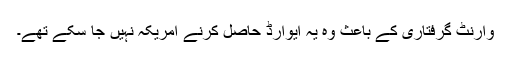
وارنٹ گرفتاری کے باعث وہ یہ ایوارڈ حاصل کرنے امریکہ نہیں جا سکے تھے۔